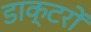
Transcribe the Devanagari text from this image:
डाक्‍टरों